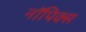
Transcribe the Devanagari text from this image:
नॉपिक्स